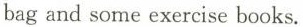
bag and some exercise books.